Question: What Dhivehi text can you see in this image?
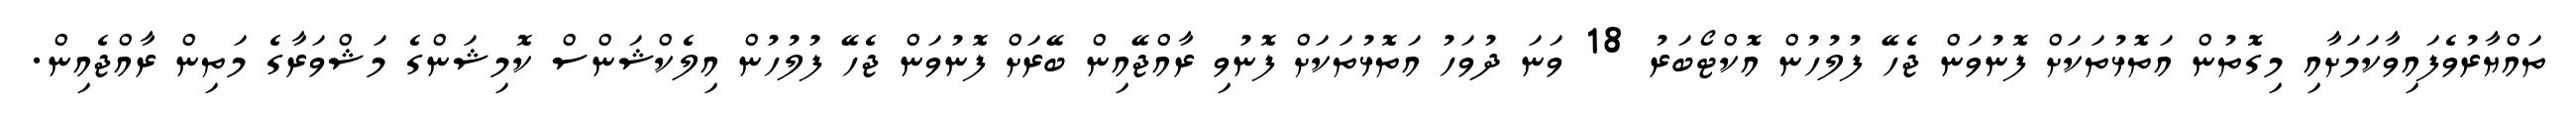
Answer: ތައްޔާރުވެފައިވާކަމަށާއި މިގޮތުން އަތޮޅުތަކަށް ފޮނުވަން ޖެހޭ ފުލުހުން އޮކްޓޯބަރު 18 ވަނަ ދުވަހު އަތޮޅުތަކަށް ފޮނުވި ރާއްޖޭއިން ބޭރަށް ފޮނުވަން ޖެހޭ ފުލުހުން އިލެކްޝަންސް ކޮމިޝަންގެ މަޝްވަރާގެ މަތިން ރާއްޖެއިން.